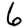
Digit: 6